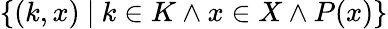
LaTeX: \{ (k,x)\ |\ k\in K\wedge x\in X\wedge P(x)\}